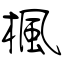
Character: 楓